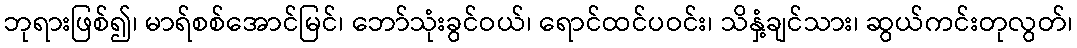
ဘုရားဖြစ်၍၊ မာရ်စစ်အောင်မြင်၊ ဘော်သုံးခွင်ဝယ်၊ ရောင်ထင်ပဝင်း၊ သိနှံ့ချင်သား၊ ဆွယ်ကင်းတုလွတ်၊